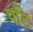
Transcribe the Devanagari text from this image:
पटि